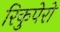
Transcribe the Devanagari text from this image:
रिकुपेरो